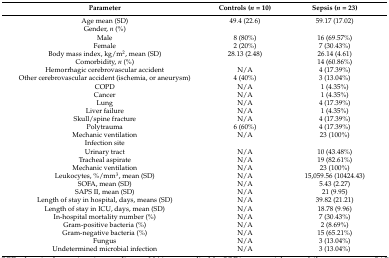
<table><thead><tr><td><b>Parameter</b></td><td><b>Controls (<i>n</i> = 10)</b></td><td><b>Sepsis (<i>n</i> = 23)</b></td></tr></thead><tbody><tr><td>Age mean (SD)</td><td>49.4 (22.6)</td><td>59.17 (17.02)</td></tr><tr><td>Gender, <i>n</i> (%)</td><td></td><td></td></tr><tr><td>Male</td><td>8 (80%)</td><td>16 (69.57%)</td></tr><tr><td>Female</td><td>2 (20%)</td><td>7 (30.43%)</td></tr><tr><td>Body mass index, kg/m<sup>2</sup>, mean (SD)</td><td>28.13 (2.48)</td><td>26.14 (4.61)</td></tr><tr><td>Comorbidity, <i>n</i> (%)</td><td></td><td>14 (60.86%)</td></tr><tr><td>Hemorrhagic cerebrovascular accident</td><td>N/A</td><td>4 (17.39%)</td></tr><tr><td>Other cerebrovascular accident (ischemia, or aneurysm)</td><td>4 (40%)</td><td>3 (13.04%)</td></tr><tr><td>COPD</td><td>N/A</td><td>1 (4.35%)</td></tr><tr><td>Cancer</td><td>N/A</td><td>1 (4.35%)</td></tr><tr><td>Lung</td><td>N/A</td><td>4 (17.39%)</td></tr><tr><td>Liver failure</td><td>N/A</td><td>1 (4.35%)</td></tr><tr><td>Skull/spine fracture</td><td>N/A</td><td>4 (17.39%)</td></tr><tr><td>Polytrauma</td><td>6 (60%)</td><td>4 (17.39%)</td></tr><tr><td>Mechanic ventilation</td><td>N/A</td><td>23 (100%)</td></tr><tr><td>Infection site</td><td></td><td></td></tr><tr><td>Urinary tract</td><td>N/A</td><td>10 (43.48%)</td></tr><tr><td>Tracheal aspirate</td><td>N/A</td><td>19 (82.61%)</td></tr><tr><td>Mechanic ventilation</td><td>N/A</td><td>23 (100%)</td></tr><tr><td>Leukocytes, %/mm<sup>3</sup>, mean (SD)</td><td>N/A</td><td>15,059.56 (10424.43)</td></tr><tr><td>SOFA, mean (SD)</td><td>N/A</td><td>5.43 (2.27)</td></tr><tr><td>SAPS II, mean (SD)</td><td>N/A</td><td>21 (9.95)</td></tr><tr><td>Length of stay in hospital, days, means (SD)</td><td>N/A</td><td>39.82 (21.21)</td></tr><tr><td>Length of stay in ICU, days, mean (SD)</td><td>N/A</td><td>18.78 (9.96)</td></tr><tr><td>In-hospital mortality number (%)</td><td>N/A</td><td>7 (30.43%)</td></tr><tr><td>Gram-positive bacteria (%)</td><td>N/A</td><td>2 (8.69%)</td></tr><tr><td>Gram-negative bacteria (%)</td><td>N/A</td><td>15 (65.21%)</td></tr><tr><td>Fungus</td><td>N/A</td><td>3 (13.04%)</td></tr><tr><td>Undetermined microbial infection</td><td>N/A</td><td>3 (13.04%)</td></tr></tbody></table>